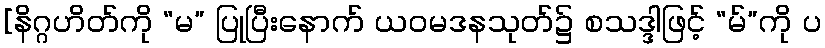
[နိဂ္ဂဟိတ်ကို “မ” ပြုပြီးနောက် ယဝမဒနသုတ်၌ စသဒ္ဒါဖြင့် “မ်”ကို ပ